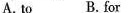
A.to B.For